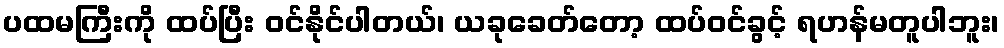
ပထမကြီးကို ထပ်ပြီး ဝင်နိုင်ပါတယ်၊ ယခုခေတ်တော့ ထပ်ဝင်ခွင့် ရဟန်မတူပါဘူး၊